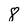
Character: 8